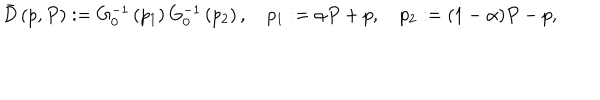
LaTeX: \bar { D } \left( p , P \right) : = G _ { 0 } ^ { - 1 } \left( p _ { 1 } \right) G _ { 0 } ^ { - 1 } \left( p _ { 2 } \right) , \quad p _ { 1 } : = \alpha P + p , \quad p _ { 2 } : = ( 1 - \alpha ) P - p ,